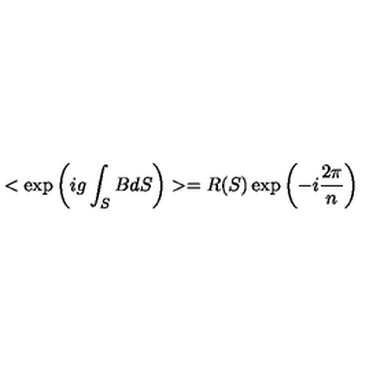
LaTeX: < \exp \left( i g \int _ { S } B d S \right) > = R ( S ) \exp \left( - i \frac { 2 \pi } { n } \right)